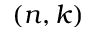
( n , k )